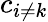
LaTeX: c_{i\neq k}